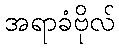
အရာခံဗိုလ်